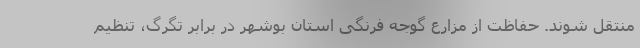
منتقل شوند. حفاظت از مزارع گوجه فرنگی استان بوشهر در برابر تگرگ، تنظیم